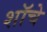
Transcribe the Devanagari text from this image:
शॉचे